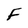
Character: F